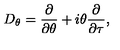
D _ { \theta } = \frac { \partial } { \partial \theta } + i \theta \frac { \partial } { \partial \tau } ,